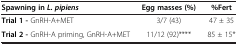
<table><thead><tr><td><b>Spawning in <i>L. pipiens</i></b></td><td><b>Egg masses (%)</b></td><td><b>%Fert</b></td></tr></thead><tbody><tr><td><b>Trial 1 -</b> GnRH-A+MET</td><td>3/7 (43)</td><td>47 ± 35</td></tr><tr><td><b>Trial 2 -</b> GnRH-A priming, GnRH-A+MET</td><td>11/12 (92)****</td><td>85 ± 15*</td></tr></tbody></table>